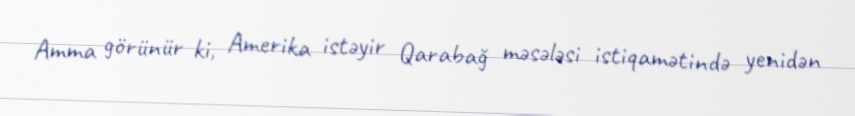
Amma görünür ki, Amerika istəyir Qarabağ məsələsi istiqamətində yenidən